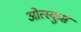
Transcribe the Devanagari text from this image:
ओत्स्कुस